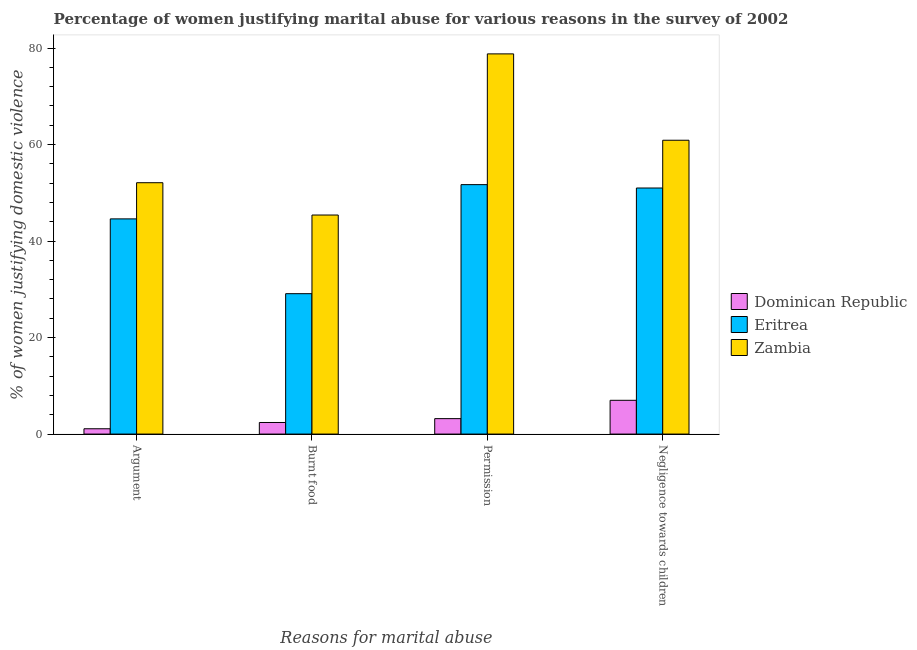
| Reasons for marital abuse | Dominican Republic | Eritrea | Zambia |
 | --- | --- | --- | --- |
 | Argument | 1.1 | 44.6 | 52.1 |
 | Burnt food | 2.4 | 29.1 | 45.4 |
 | Permission | 3.2 | 51.7 | 78.8 |
 | Negligence towards children | 7 | 51 | 60.9 |